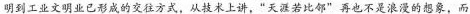
明到工业文明业已形成的交往方式，从技术上讲，”天涯若比邻”再也不是浪漫的想象，而